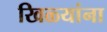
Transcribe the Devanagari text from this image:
खिळ्यांना